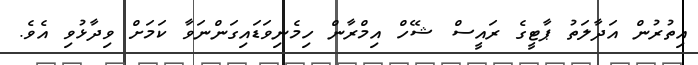
އިތުރުން އަދާލަތު ޕާޓީގެ ރައީސް ޝޭހް އިމްރާން ހިމެނިވަޑައިގަންނަވާ ކަމަށް ވިދާޅުވި އެވެ.